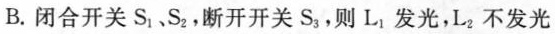
B. 闭合开关S_{1}、S_{2}，断开开关S_{3}，则L_{1}发光，L_{2}不发光